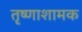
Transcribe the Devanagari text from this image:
तृष्णाशामक